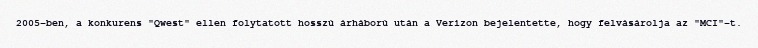
2005-ben, a konkurens "Qwest" ellen folytatott hosszú árháború után a Verizon bejelentette, hogy felvásárolja az "MCI"-t.